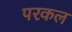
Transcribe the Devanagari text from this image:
परकल